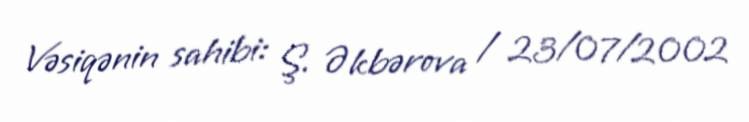
Vəsiqənin sahibi: Ş. Əkbərova / 23/07/2002